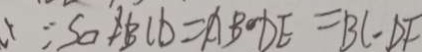
\because S _ { \square A B C D } = A B \cdot D E = B C - D F